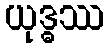
ယုဒ္ဓဿ